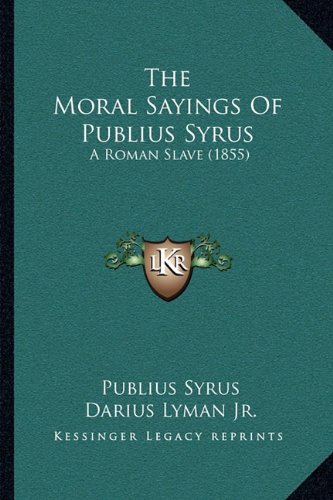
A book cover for The Moral Sayings Of Publius Syrus: A Roman Slave (1855); Publius Syrus; Literature & Fiction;